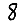
Digit: 8